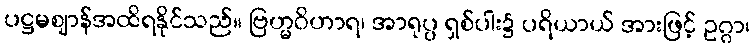
ပဋ္ဌမဈာန်အထိရနိုင်သည်။ ဗြဟ္မဝိဟာရ၊ အာရုပ္ပ ရှစ်ပါး၌ ပရိယာယ် အားဖြင့် ဥဂ္ဂာ၊